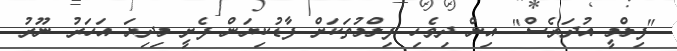
"ފިލްމީ އުދަރެސް" އިން ދިވެހި ފިލްމުތަކަށް ފާޑުކިޔަން ފެށީ މިދިޔަ އަހަރު ނޫރު